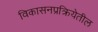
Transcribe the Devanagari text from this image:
विकासनप्रक्रियेतील